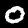
Label: 0